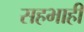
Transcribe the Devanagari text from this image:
सहभाही